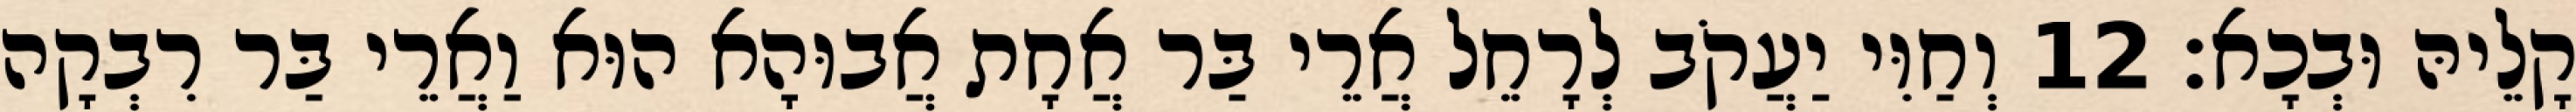
קָלֵיהּ וּבְכָא׃ 12 וְחַוִּי יַעֲקֹב לְרָחֵל אֲרֵי בַּר אֲחָת אֲבוּהָא הוּא וַאֲרֵי בַּר רִבְקָה